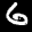
Label: 6